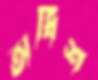
অধিশ